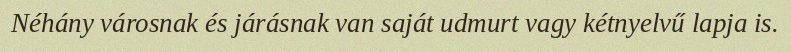
Néhány városnak és járásnak van saját udmurt vagy kétnyelvű lapja is.